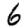
Digit: 6